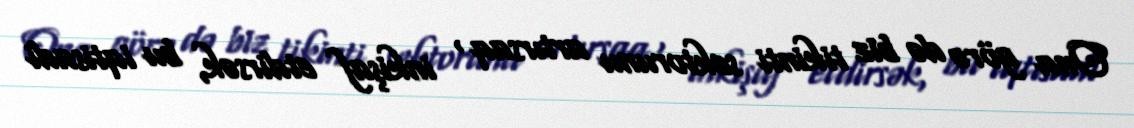
Ona görə də biz tikinti sektorunu artırsaq , inkişaf etdirsək, bu iqtisadi